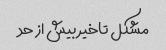
مشکل تاخیر بیش از حد